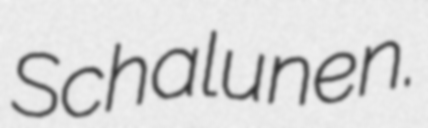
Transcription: Schalunen.